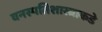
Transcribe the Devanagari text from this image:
वनस्पतिशास्त्राकडे